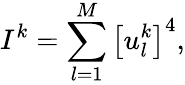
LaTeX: I^{k}=\sum_{l=1}^{M}\left[u_{l}^{k}\right]^{4},